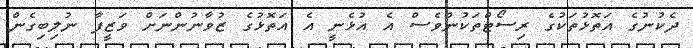
ދެކުނުގެ އަތޮޅުތަކުގެ ރިސޯޓްތަކުންވެސް އެ އުޅެނީ އެ އަތޮޅުގެ ޒުވާނުންނަށް ވަޒީފާ ނުލިބިގެން.